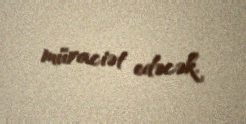
müraciət edəcək.